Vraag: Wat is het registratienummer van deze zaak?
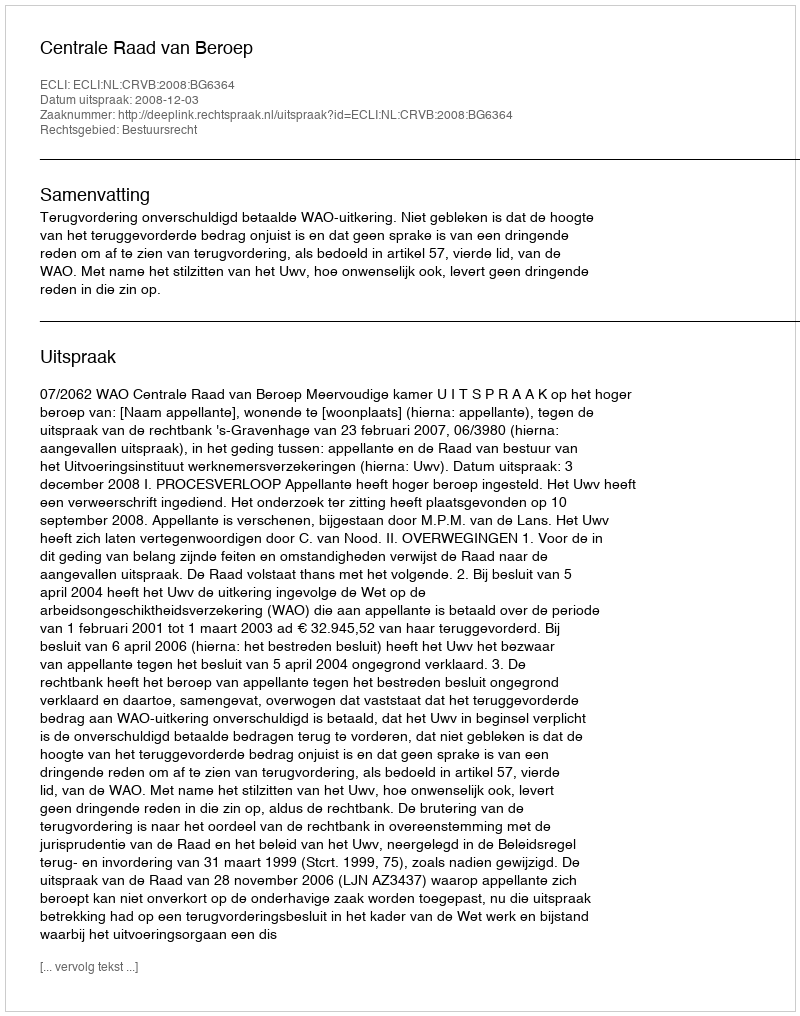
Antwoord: http://deeplink.rechtspraak.nl/uitspraak?id=ECLI:NL:CRVB:2008:BG6364